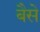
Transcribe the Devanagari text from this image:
बैसे